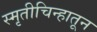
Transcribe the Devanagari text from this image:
स्मृतीचिन्हातून